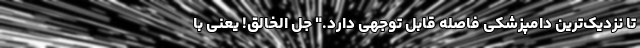
تا نزدیک‌ترین دامپزشکی فاصله قابل توجهی دارد." جل الخالق! یعنی با